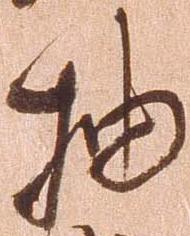
抽